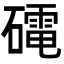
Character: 𮁋